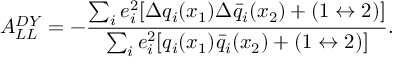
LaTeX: A _ { L L } ^ { D Y } = - { \frac { \sum _ { i } e _ { i } ^ { 2 } [ \Delta q _ { i } ( x _ { 1 } ) \Delta \bar { q } _ { i } ( x _ { 2 } ) + ( 1 \leftrightarrow 2 ) ] } { \sum _ { i } e _ { i } ^ { 2 } [ q _ { i } ( x _ { 1 } ) \bar { q } _ { i } ( x _ { 2 } ) + ( 1 \leftrightarrow 2 ) ] } } .